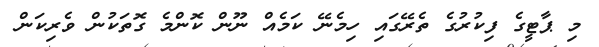
މި ޕާޓީގެ ފިކުރުގެ ތެރޭގައި ހިމެނޭ ކަމެއް ނޫން ކޮންމެ ގޮތަކުން ވެރިކަން